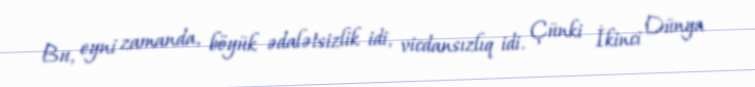
Bu, eyni zamanda, böyük ədalətsizlik idi, vicdansızlıq idi. Çünki İkinci Dünya